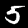
Label: 5